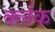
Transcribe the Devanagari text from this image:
र्क्लक